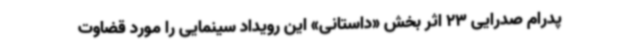
پدرام صدرایی 23 اثر بخش «داستانی» این رویداد سینمایی را مورد قضاوت